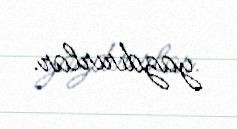
yazdırırlar.